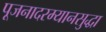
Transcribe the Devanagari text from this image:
पूजनादरम्यानसुद्धा